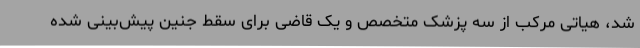
شد، هیاتی مرکب از سه پزشک متخصص و یک قاضی برای سقط جنین پیش‌بینی شده